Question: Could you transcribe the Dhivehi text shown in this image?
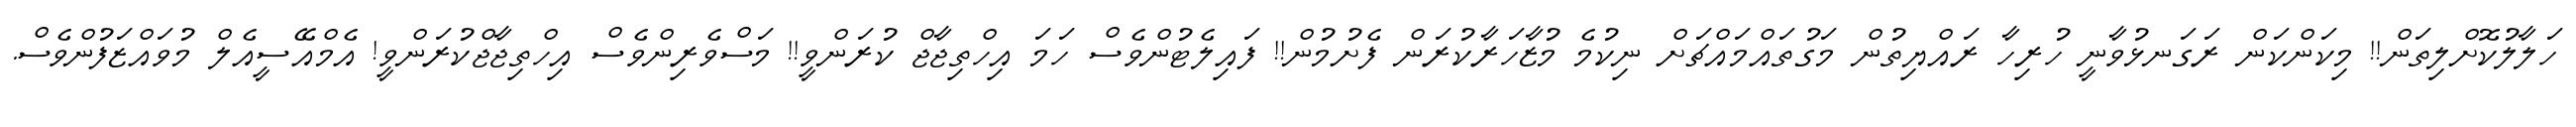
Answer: ހަލާލުކޮށްލިތަން!! މިކަންކަން ރަގަނޅުވާނީ ހުރިހާ ރައްޔިތުން މަގުތައްމައްޗަށް ނިކުމެ މުޒާހަރާކުރަން ފެށުމުން!! ފައިލެޓުންވެސް ހަމަ އިހްތިޖާޖް ކުރަންވީ!! މަސްވެރިންވެސް އިހްތިޖާޖްކުރަންވީ! އެމްއޭސީއެލް މުވައްޒަފުންވެސް.